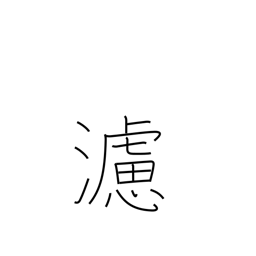
Meaning: filter